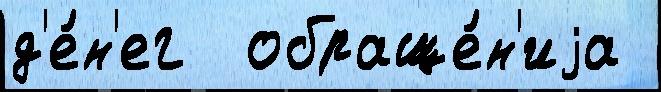
д'е́н'ег  обраще́н'иjа